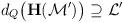
LaTeX: \begin{align*}d_Q \big(\textbf{H}(\mathcal{M}')\big) \supseteq \mathcal{L}'\end{align*}